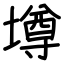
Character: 墫